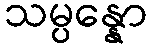
သမ္ပန္နော